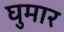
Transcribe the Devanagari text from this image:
घुमार